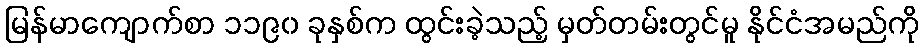
မြန်မာကျောက်စာ ၁၁၉၀ ခုနှစ်က ထွင်းခဲ့သည့် မှတ်တမ်းတွင်မူ နိုင်ငံအမည်ကို